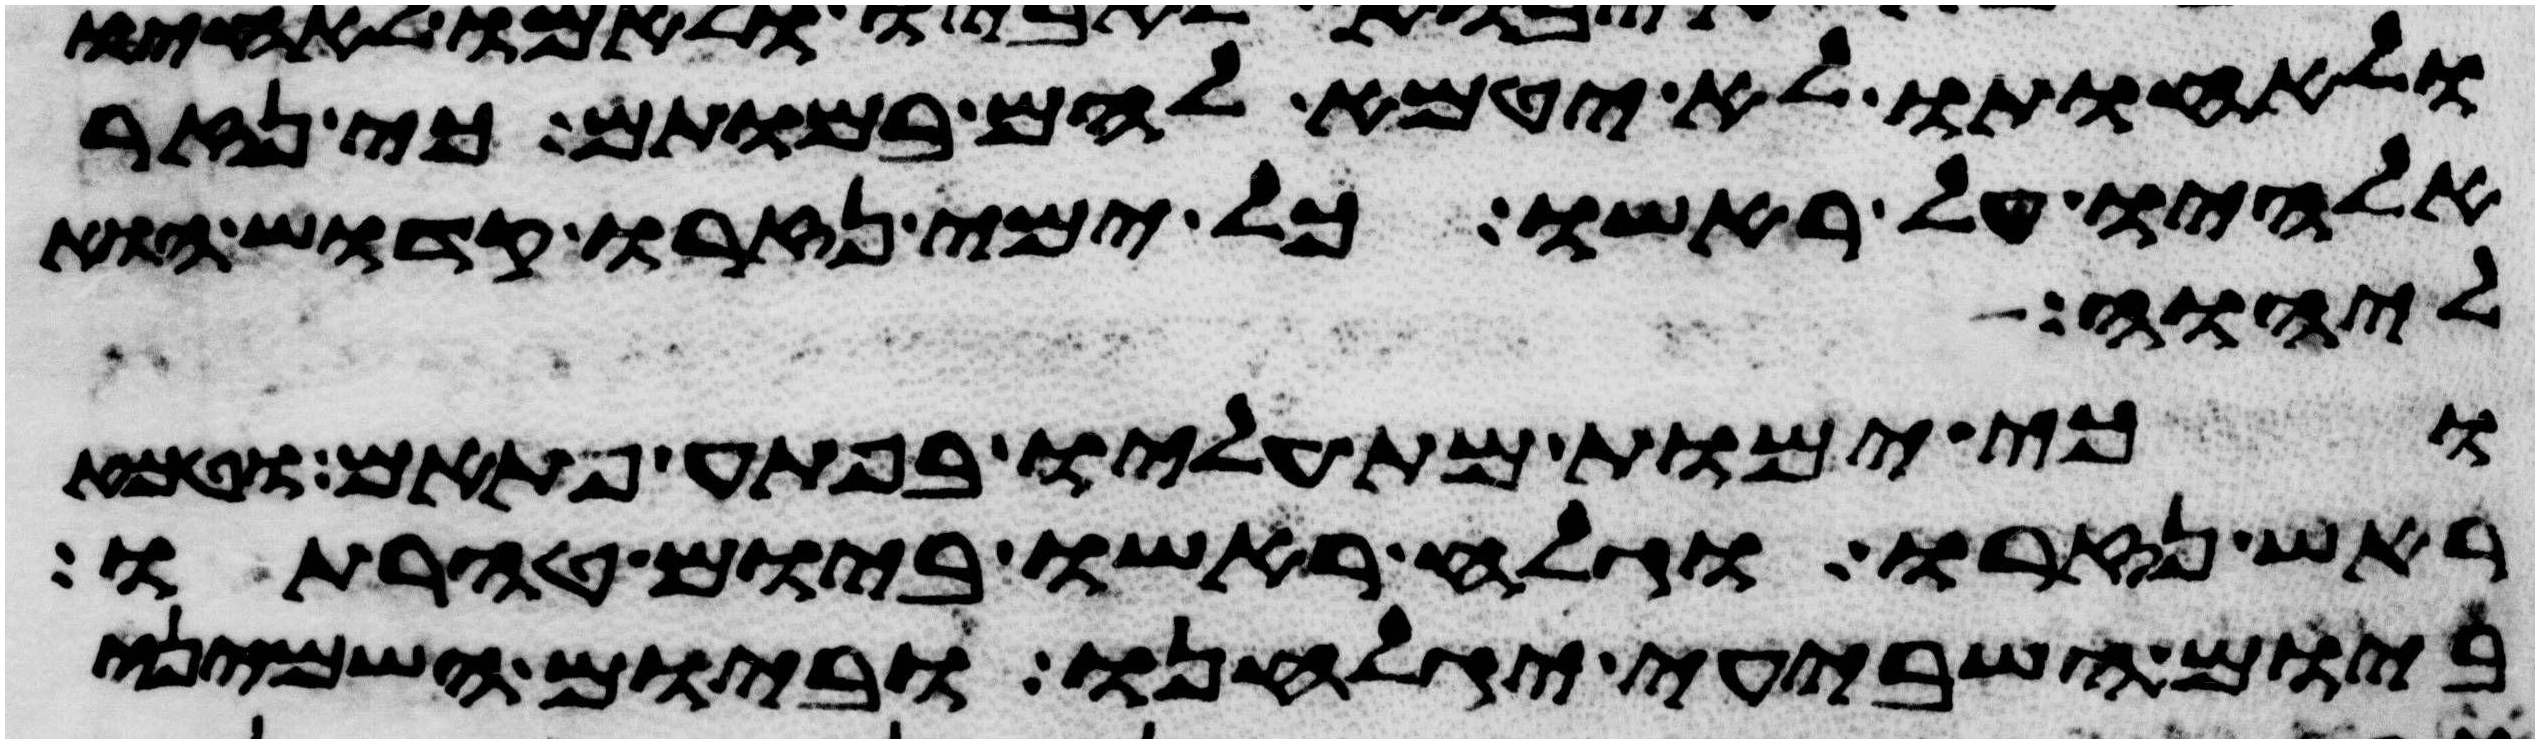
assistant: ולאחותו לא יטמא להם במותם כי נזר
אלהיו על ראשו כל ימי נזרו קדוש הוא
ליהוה
וכי ימות מת עליו בפתע פתאם וטמא
ראש נזרו וגלח ראשו ביום טהרתו
ביום השביעי יגלחנו וביום השמיני